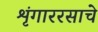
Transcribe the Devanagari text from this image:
शृंगाररसाचे